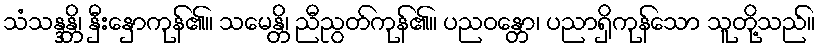
သံသန္ဒန္တိ၊ နှီးနှောကုန်၏။ သမေန္တိ၊ ညီညွတ်ကုန်၏။ ပညဝန္တော၊ ပညာရှိကုန်သော သူတို့သည်။